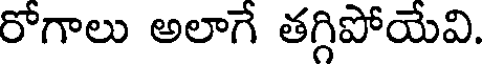
రోగాలు అలాగే తగ్గిపోయేవి.